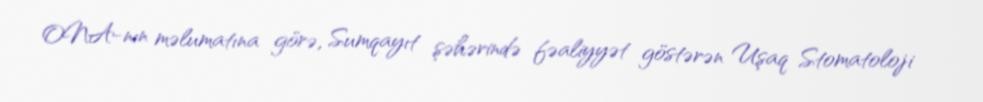
ONA-nın məlumatına görə, Sumqayıt şəhərində fəaliyyət göstərən Uşaq Stomatoloji